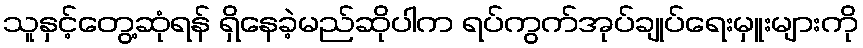
သူနှင့်တွေ့ဆုံရန် ရှိနေခဲ့မည်ဆိုပါက ရပ်ကွက်အုပ်ချုပ်ရေးမှူးများကို